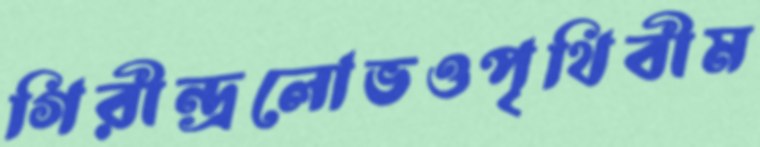
গিরীন্দ্রলোভওপৃথিবীম